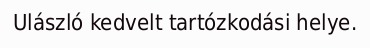
Ulászló kedvelt tartózkodási helye.